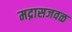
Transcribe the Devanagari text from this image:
मद्रासजवळ